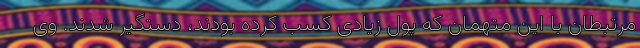
مرتبطان با این متهمان که پول زیادی کسب کرده بودند، دستگیر شدند. وی